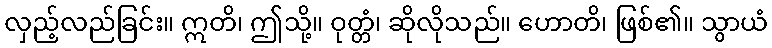
လှည့်လည်ခြင်း။ ဣတိ၊ ဤသို့။ ဝုတ္တံ၊ ဆိုလိုသည်။ ဟောတိ၊ ဖြစ်၏။ သွာယံ